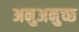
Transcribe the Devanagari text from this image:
अनुअनुच्छ